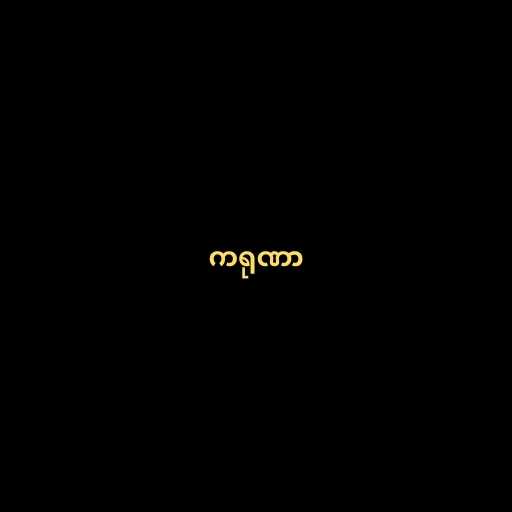
ကရုဏာ